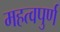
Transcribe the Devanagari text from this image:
महत्‍वपुर्ण